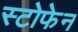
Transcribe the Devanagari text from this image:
स्टोफेन